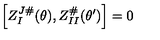
\left[ Z _ { I } ^ { J \# } ( \theta ) , Z _ { I I } ^ { \# } ( \theta ^ { \prime } ) \right] = 0